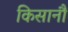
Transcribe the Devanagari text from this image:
किसानौं